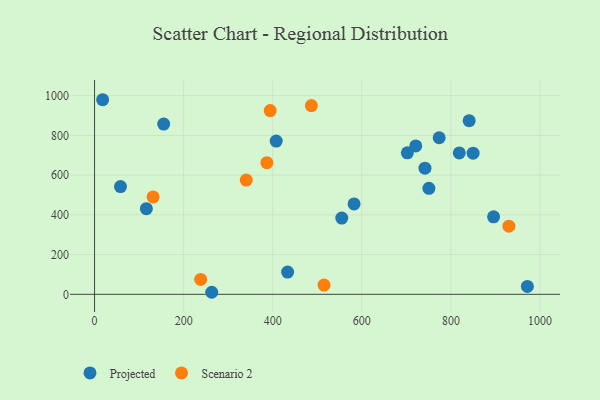
{"axis": {"x": "Speed", "y": "Salary"}, "legend": ["Projected", "Scenario 2"], "data": [{"x": "18.1", "y": 979.6, "type": "Projected"}, {"x": "971.7", "y": 39.5, "type": "Projected"}, {"x": "702.2", "y": 712.1, "type": "Projected"}, {"x": "849.8", "y": 710.7, "type": "Projected"}, {"x": "895.8", "y": 389.9, "type": "Projected"}, {"x": "407.8", "y": 771.3, "type": "Projected"}, {"x": "116.3", "y": 431.3, "type": "Projected"}, {"x": "582.6", "y": 455.0, "type": "Projected"}, {"x": "58.2", "y": 542.4, "type": "Projected"}, {"x": "841.0", "y": 874.3, "type": "Projected"}, {"x": "818.8", "y": 712.0, "type": "Projected"}, {"x": "555.0", "y": 384.0, "type": "Projected"}, {"x": "263.1", "y": 10.3, "type": "Projected"}, {"x": "721.1", "y": 746.9, "type": "Projected"}, {"x": "741.8", "y": 634.8, "type": "Projected"}, {"x": "773.7", "y": 788.3, "type": "Projected"}, {"x": "433.4", "y": 111.9, "type": "Projected"}, {"x": "155.2", "y": 857.0, "type": "Projected"}, {"x": "750.6", "y": 533.6, "type": "Projected"}, {"x": "930.2", "y": 343.0, "type": "Scenario 2"}, {"x": "238.2", "y": 75.1, "type": "Scenario 2"}, {"x": "340.6", "y": 575.1, "type": "Scenario 2"}, {"x": "394.3", "y": 924.9, "type": "Scenario 2"}, {"x": "515.2", "y": 46.7, "type": "Scenario 2"}, {"x": "131.4", "y": 490.1, "type": "Scenario 2"}, {"x": "486.8", "y": 950.2, "type": "Scenario 2"}, {"x": "386.8", "y": 662.8, "type": "Scenario 2"}]}